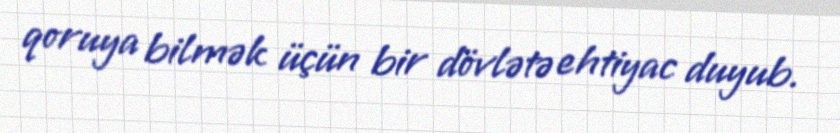
qoruya bilmək üçün bir dövlətə ehtiyac duyub.